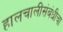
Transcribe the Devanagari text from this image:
हालचालींसंबंधीचा